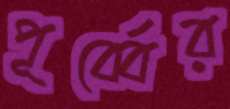
পূর্ব্বের